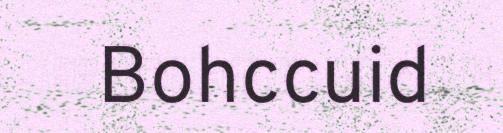
Bohccuid